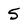
Character: 5